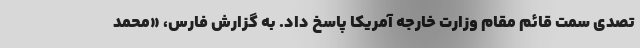
تصدی سمت قائم مقام وزارت خارجه آمریکا پاسخ داد. به گزارش فارس، «محمد